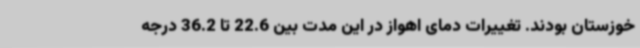
خوزستان بودند. تغییرات دمای اهواز در این مدت بین 22.6 تا 36.2 درجه